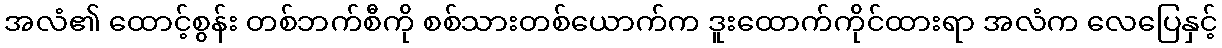
အလံ၏ ထောင့်စွန်း တစ်ဘက်စီကို စစ်သားတစ်ယောက်က ဒူးထောက်ကိုင်ထားရာ အလံက လေပြေနှင့်